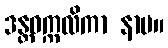
ဒန္တဝက္ကလိကာ နာမ။